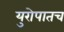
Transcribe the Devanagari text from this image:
युरोपातच